Scientific memoirs by medical officers of the Army of India - Part VIII,
Year: 1894
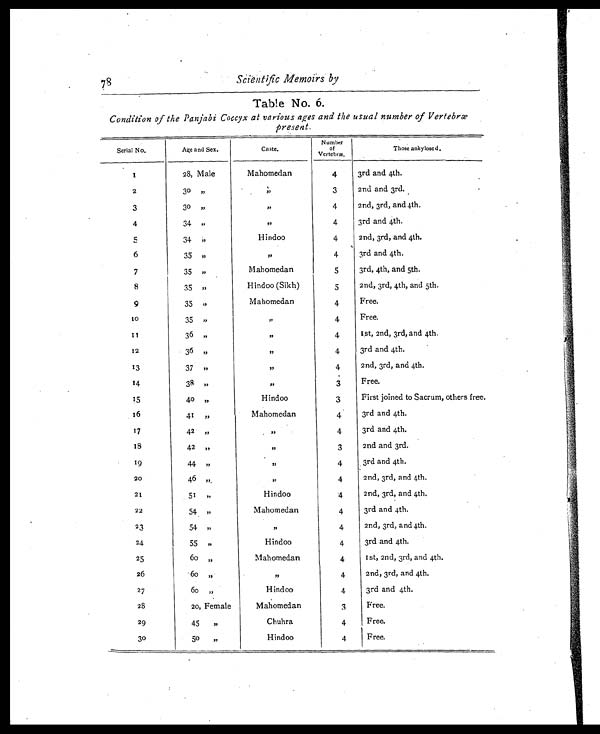
78 scientific Memoirs by
Table No. 6.
Condition of the Panjabi Coccyx at various ages and the usual number of Vertebræ
present.
S e r i a l N o .
Age and Sex.
Caste.
Number
of
Vertebræ.
Those ankylosed.
1
28, Male
Mahomedan
4
3rd and 4th.
2
30 ,, ,,
3
2nd and 3rd.
3
30 „
,,
4
2nd, 3rd, and 4th.
4
34 ,,
,,
4
3rd and 4th.
5
34
,,
Hindoo
4
2nd, 3rd, and 4th.
6
35 ,,
,,
4
3rd and 4th.
7
35 ,,
Mahomedan
5
3rd, 4th, and 5th.
8
35 ,,
Hindoo (Sikh)
5
2nd, 3rd, 4th, and 5th.
9
35 ,,
Mahomedan
4
Free.
10
35 ,,
,,
4
Free.
1 1
36 ,,
,,
4
1st, 2nd, 3rd, and 4th.
12
36 „
,,
4
3rd and 4th.
13
37 ,,
,,
4
2nd, 3rd, and 4th.
14
38 33
,,
3
Free.
15
40 ,,
Hindoo
3
First joined to Sacrum, others
16
41 ,,
Mahomedan
4
3rd and 4th.
17
42 ,,
,,
4
3rd and 4th.
1 8
42
,,
,,
3
2nd and 3rd.
19
44
,, ,,
4
3rd and 4th.
20
46 ,,
,
,
4
2nd, 3rd, and 4th.
21
51 ,,
Hindoo
4
2nd, 3rd, and 4th.
22
54 ,,
Mahomedan
4
3rd and 4th.
23
54 ,,
,,
4
2nd, 3rd, and 4th.
24
55 ,,
Hindoo
4
3rd and 4th.
25
60
,,
Mahomedan
4
1st, 2nd, 3rd, and 4th.
26
60 „
,,
4
2nd, 3rd, and 4th.
27
60 „
Hindoo
4
3rd and 4th.
28
20, Female
Mahomedan
3
Free.
29
45
,,
Chuhra
4
Free.
30
50 „
Hindoo
4
Free.